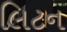
લિટન